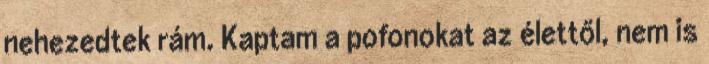
nehezedtek rám. Kaptam a pofonokat az élettől, nem is